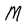
Character: M